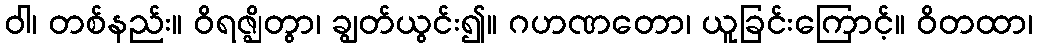
ဝါ၊ တစ်နည်း။ ဝိရဇ္ဈိတွာ၊ ချွတ်ယွင်း၍။ ဂဟဏတော၊ ယူခြင်းကြောင့်။ ဝိတထာ၊